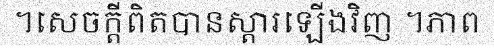
។សេចក្តីពិតបានស្តារឡើងវិញ ។ភាព